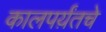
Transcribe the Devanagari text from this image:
कालपर्य़ंतचे